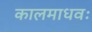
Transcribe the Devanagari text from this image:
कालमाधवः